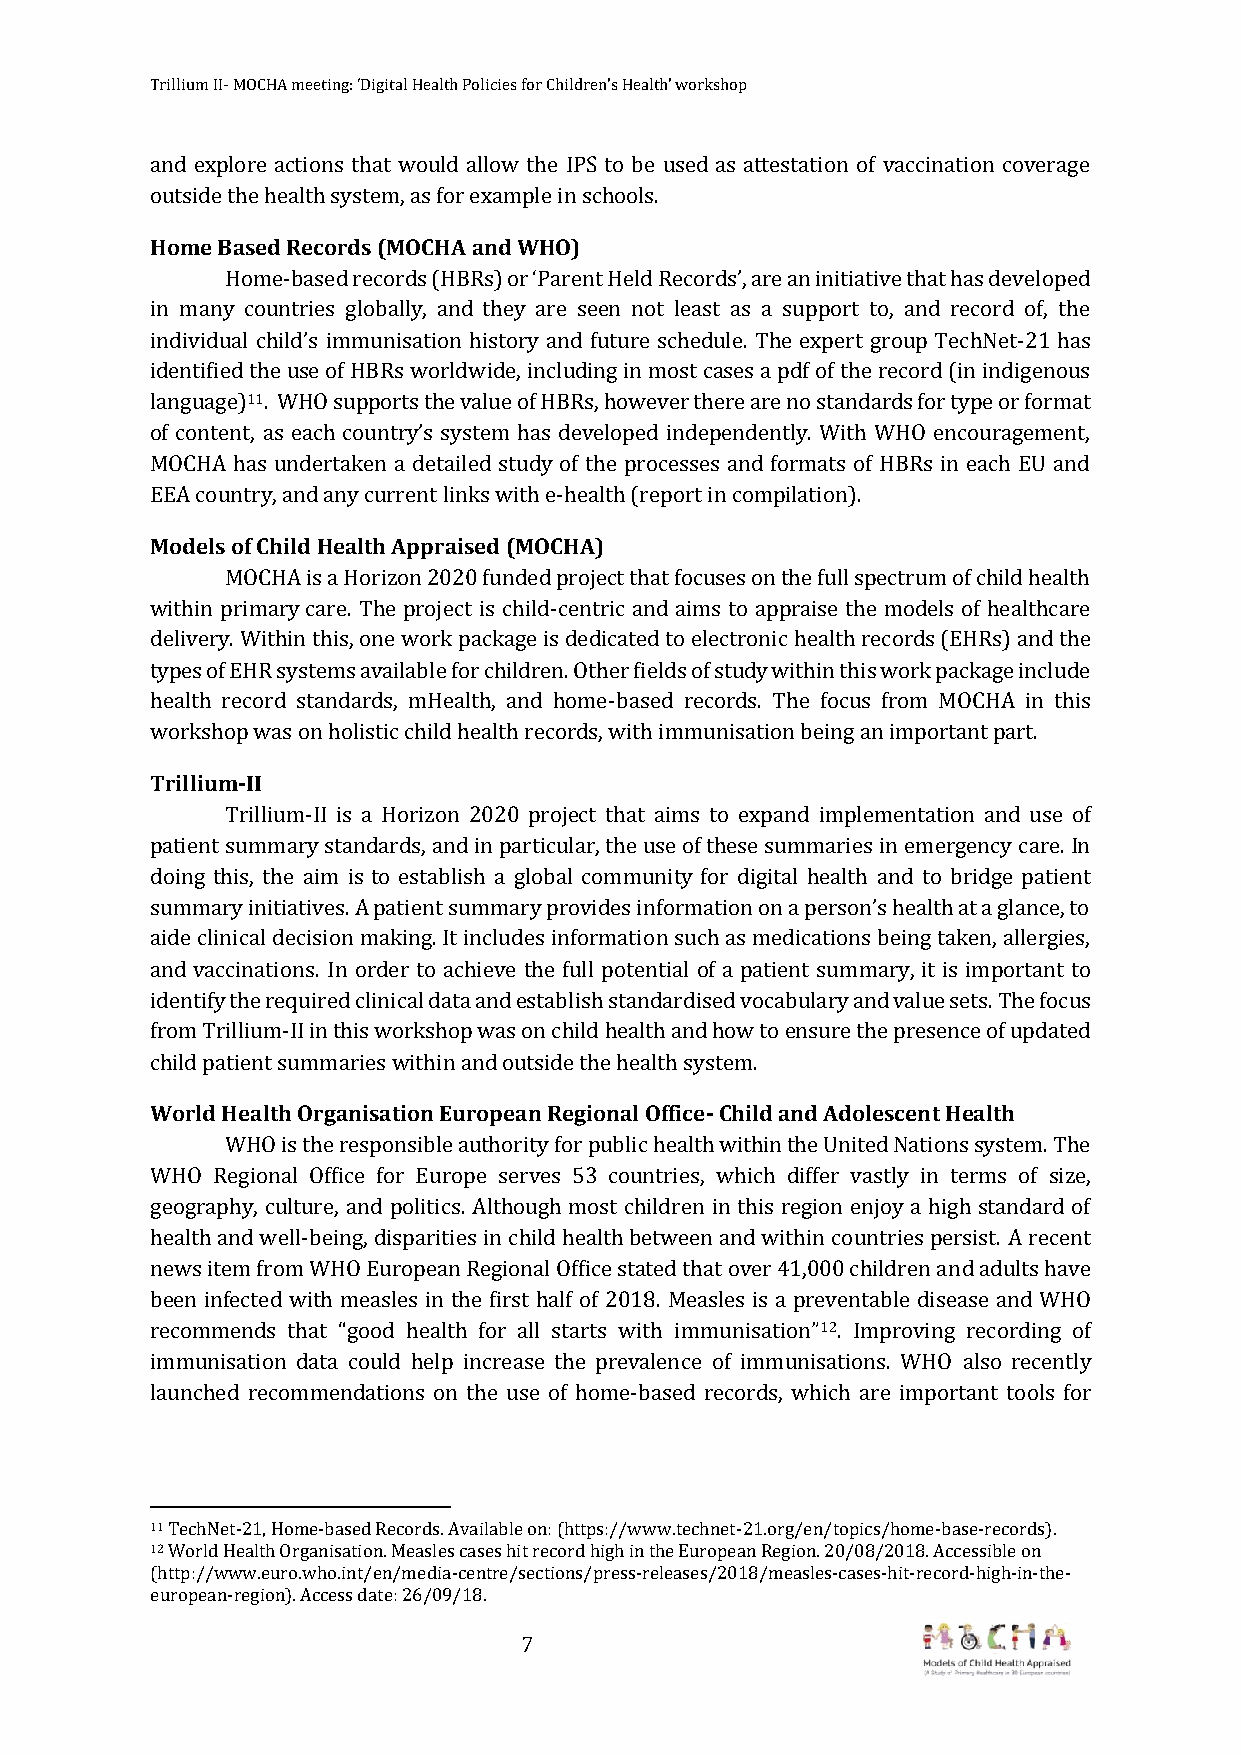
Trillium II- MOCHA meeting: ‘Digital Health Policies for Children’s Health’ workshop
 and explore actions that would allow the IPS to be used as attestation of vaccination coverage
 outside the health system, as for example in schools.
 Home Based Records (MOCHA and WHO)
 Home-based records (HBRs) or ‘Parent Held Records’, are an initiative that has developed
 in many countries globally, and they are seen not least as a support to, and record of, the
 individual child’s immunisation history and future schedule. The expert group TechNet-21 has
 identified the use of HBRs worldwide, including in most cases a pdf of the record (in indigenous
 language)11. WHO supports the value of HBRs, however there are no standards for type or format
 of content, as each country’s system has developed independently. With WHO encouragement,
 MOCHA has undertaken a detailed study of the processes and formats of HBRs in each EU and
 EEA country, and any current links with e-health (report in compilation).
 Models of Child Health Appraised (MOCHA)
 MOCHA is a Horizon 2020 funded project that focuses on the full spectrum of child health
 within primary care. The project is child-centric and aims to appraise the models of healthcare
 delivery. Within this, one work package is dedicated to electronic health records (EHRs) and the
 types of EHR systems available for children. Other fields of study within this work package include
 health record standards, mHealth, and home-based records. The focus from MOCHA in this
 workshop was on holistic child health records, with immunisation being an important part.
 Trillium-II
 Trillium-II is a Horizon 2020 project that aims to expand implementation and use of
 patient summary standards, and in particular, the use of these summaries in emergency care. In
 doing this, the aim is to establish a global community for digital health and to bridge patient
 summary initiatives. A patient summary provides information on a person’s health at a glance, to
 aide clinical decision making. It includes information such as medications being taken, allergies,
 and vaccinations. In order to achieve the full potential of a patient summary, it is important to
 identify the required clinical data and establish standardised vocabulary and value sets. The focus
 from Trillium-II in this workshop was on child health and how to ensure the presence of updated
 child patient summaries within and outside the health system.
 World Health Organisation European Regional Office- Child and Adolescent Health
 WHO is the responsible authority for public health within the United Nations system. The
 WHO Regional Office for Europe serves 53 countries, which differ vastly in terms of size,
 geography, culture, and politics. Although most children in this region enjoy a high standard of
 health and well-being, disparities in child health between and within countries persist. A recent
 news item from WHO European Regional Office stated that over 41,000 children and adults have
 been infected with measles in the first half of 2018. Measles is a preventable disease and WHO
 recommends that “good health for all starts with immunisation”12. Improving recording of
 immunisation data could help increase the prevalence of immunisations. WHO also recently
 launched recommendations on the use of home-based records, which are important tools for
 11 TechNet-21, Home-based Records. Available on: (https://www.technet-21.org/en/topics/home-base-records).
 12 World Health Organisation. Measles cases hit record high in the European Region. 20/08/2018. Accessible on
 (http://www.euro.who.int/en/media-centre/sections/press-releases/2018/measles-cases-hit-record-high-in-the-
 european-region). Access date: 26/09/18.
 7